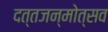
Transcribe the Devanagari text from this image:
दत्तजन्मोत्सव